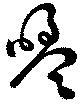
盟